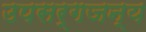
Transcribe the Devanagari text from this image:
उपसर्गजन्य